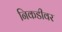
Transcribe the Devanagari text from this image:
निकडीवर